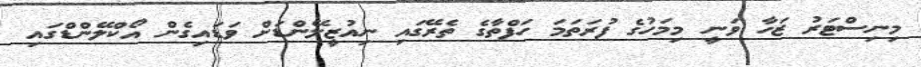
މިނިސްޓަރު ޒަހާ ވަނީ މިމަހުގެ ފުރަތަމަ ހަފްތާގެ ތެރޭގައި ނިއުޒީލޭންޑަށް ވަޑައިގެން އޯކްލޭންޑްގައި